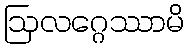
ဩလဂ္ဂေဿာမိ